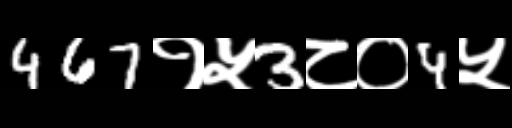
Text: 467१५3८०4५